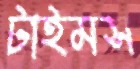
টাইমস